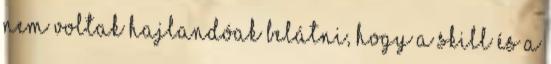
nem voltak hajlandóak belátni, hogy a skill és a